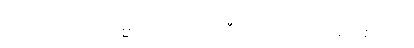
အကုသလာ၊ မလိမ္မာသော။ သာဂါဝီ ယထာ၊ ထိုဥပမာဖြစ်သော